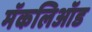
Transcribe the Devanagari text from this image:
मॅकलिऑड